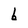
Character: b